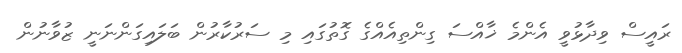
ރައީސް ވިދާޅުވީ އެންމެ ޚާއްސަ ގިންތިއެއްގެ ގޮތުގައި މި ސަރުކާރުން ބަލައިގަންނަނީ ޒުވާނުން